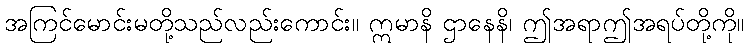
အကြင်မောင်းမတို့သည်လည်းကောင်း။ ဣမာနိ ဌာနေနိ၊ ဤအရာဤအရပ်တို့ကို။